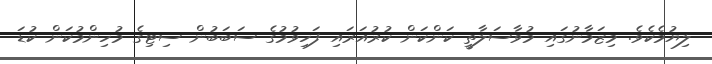
ލިޔުމެކެވެ. މިޒަމާނުގައި މުވާސަލާތީ ކަންކަން ކުރުއަރައި ފަހިވުމުގެ ސަބަބުން ސިޓިގެ މުހިންމުކަން ކުޑަ